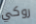
روكي